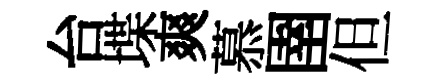
台堞爽慕圉但